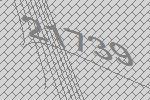
21739